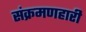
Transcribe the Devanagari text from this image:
संक्रमणहारी